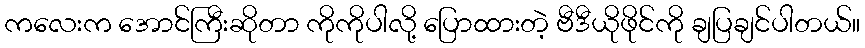
ကလေးက အောင်ကြီးဆိုတာ ကိုကိုပါလို့ ပြောထားတဲ့ ဗီဒီယိုဖိုင်ကို ချပြချင်ပါတယ်။